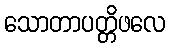
သောတာပတ္တိဖလေ